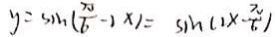
y = \sin ( \frac { \pi } { 6 } - 1 \times 1 = \sin ( 1 \times \frac { \pi } { 6 } )